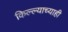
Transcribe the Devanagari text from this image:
किल्ल्याच्याही